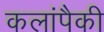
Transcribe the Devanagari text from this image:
कलांपैकी